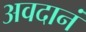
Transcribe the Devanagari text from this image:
अवदानं